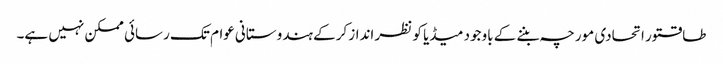
طاقتور اتحادی مورچہ بننے کے باوجود میڈیا کو نظر انداز کرکے ہندوستانی عوام تک رسائی ممکن نہیں ہے۔